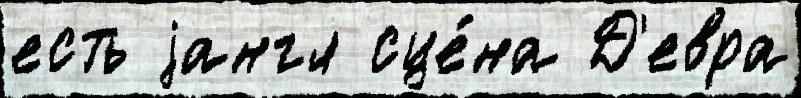
есть jангл сце́на Д'евра